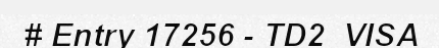
# Entry 17256 - TD2_VISA